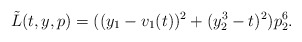
\begin{align*}\tilde{L}(t, y, p) = ((y_1 - v_1(t))^2 + (y_2^3 - t)^2) p_2^6.\end{align*}